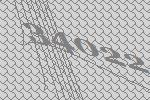
34022